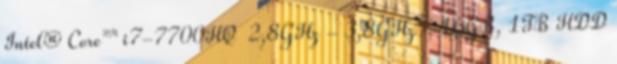
Intel® Core™ i7-7700HQ 2,8GHz - 3,8GHz , 16GB, 1TB HDD